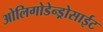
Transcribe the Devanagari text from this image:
ओलिगोडेन्ड्रोसाईट